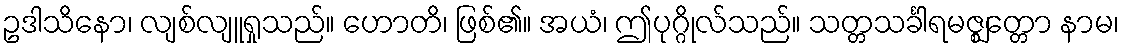
ဥဒါသိနော၊ လျစ်လျူရှုသည်။ ဟောတိ၊ ဖြစ်၏။ အယံ၊ ဤပုဂ္ဂိုလ်သည်။ သတ္တသင်္ခါရမဇ္ဈတ္တော နာမ၊